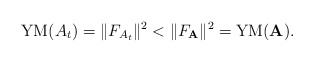
\begin{gather*}{\rm YM}(A_t)= \Vert F_{A_t} \Vert^2< \Vert F_{\mathbf{A}} \Vert^2={\rm YM}(\mathbf{A}).\end{gather*}